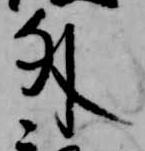
外